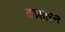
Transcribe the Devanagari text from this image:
कप्र्सारन